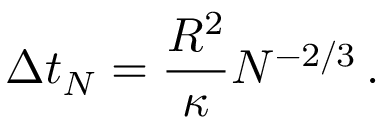
\Delta t _ { N } = \frac { R ^ { 2 } } { \kappa } N ^ { - 2 / 3 } \, .